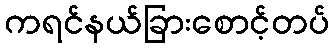
ကရင်နယ်ခြားစောင့်တပ်